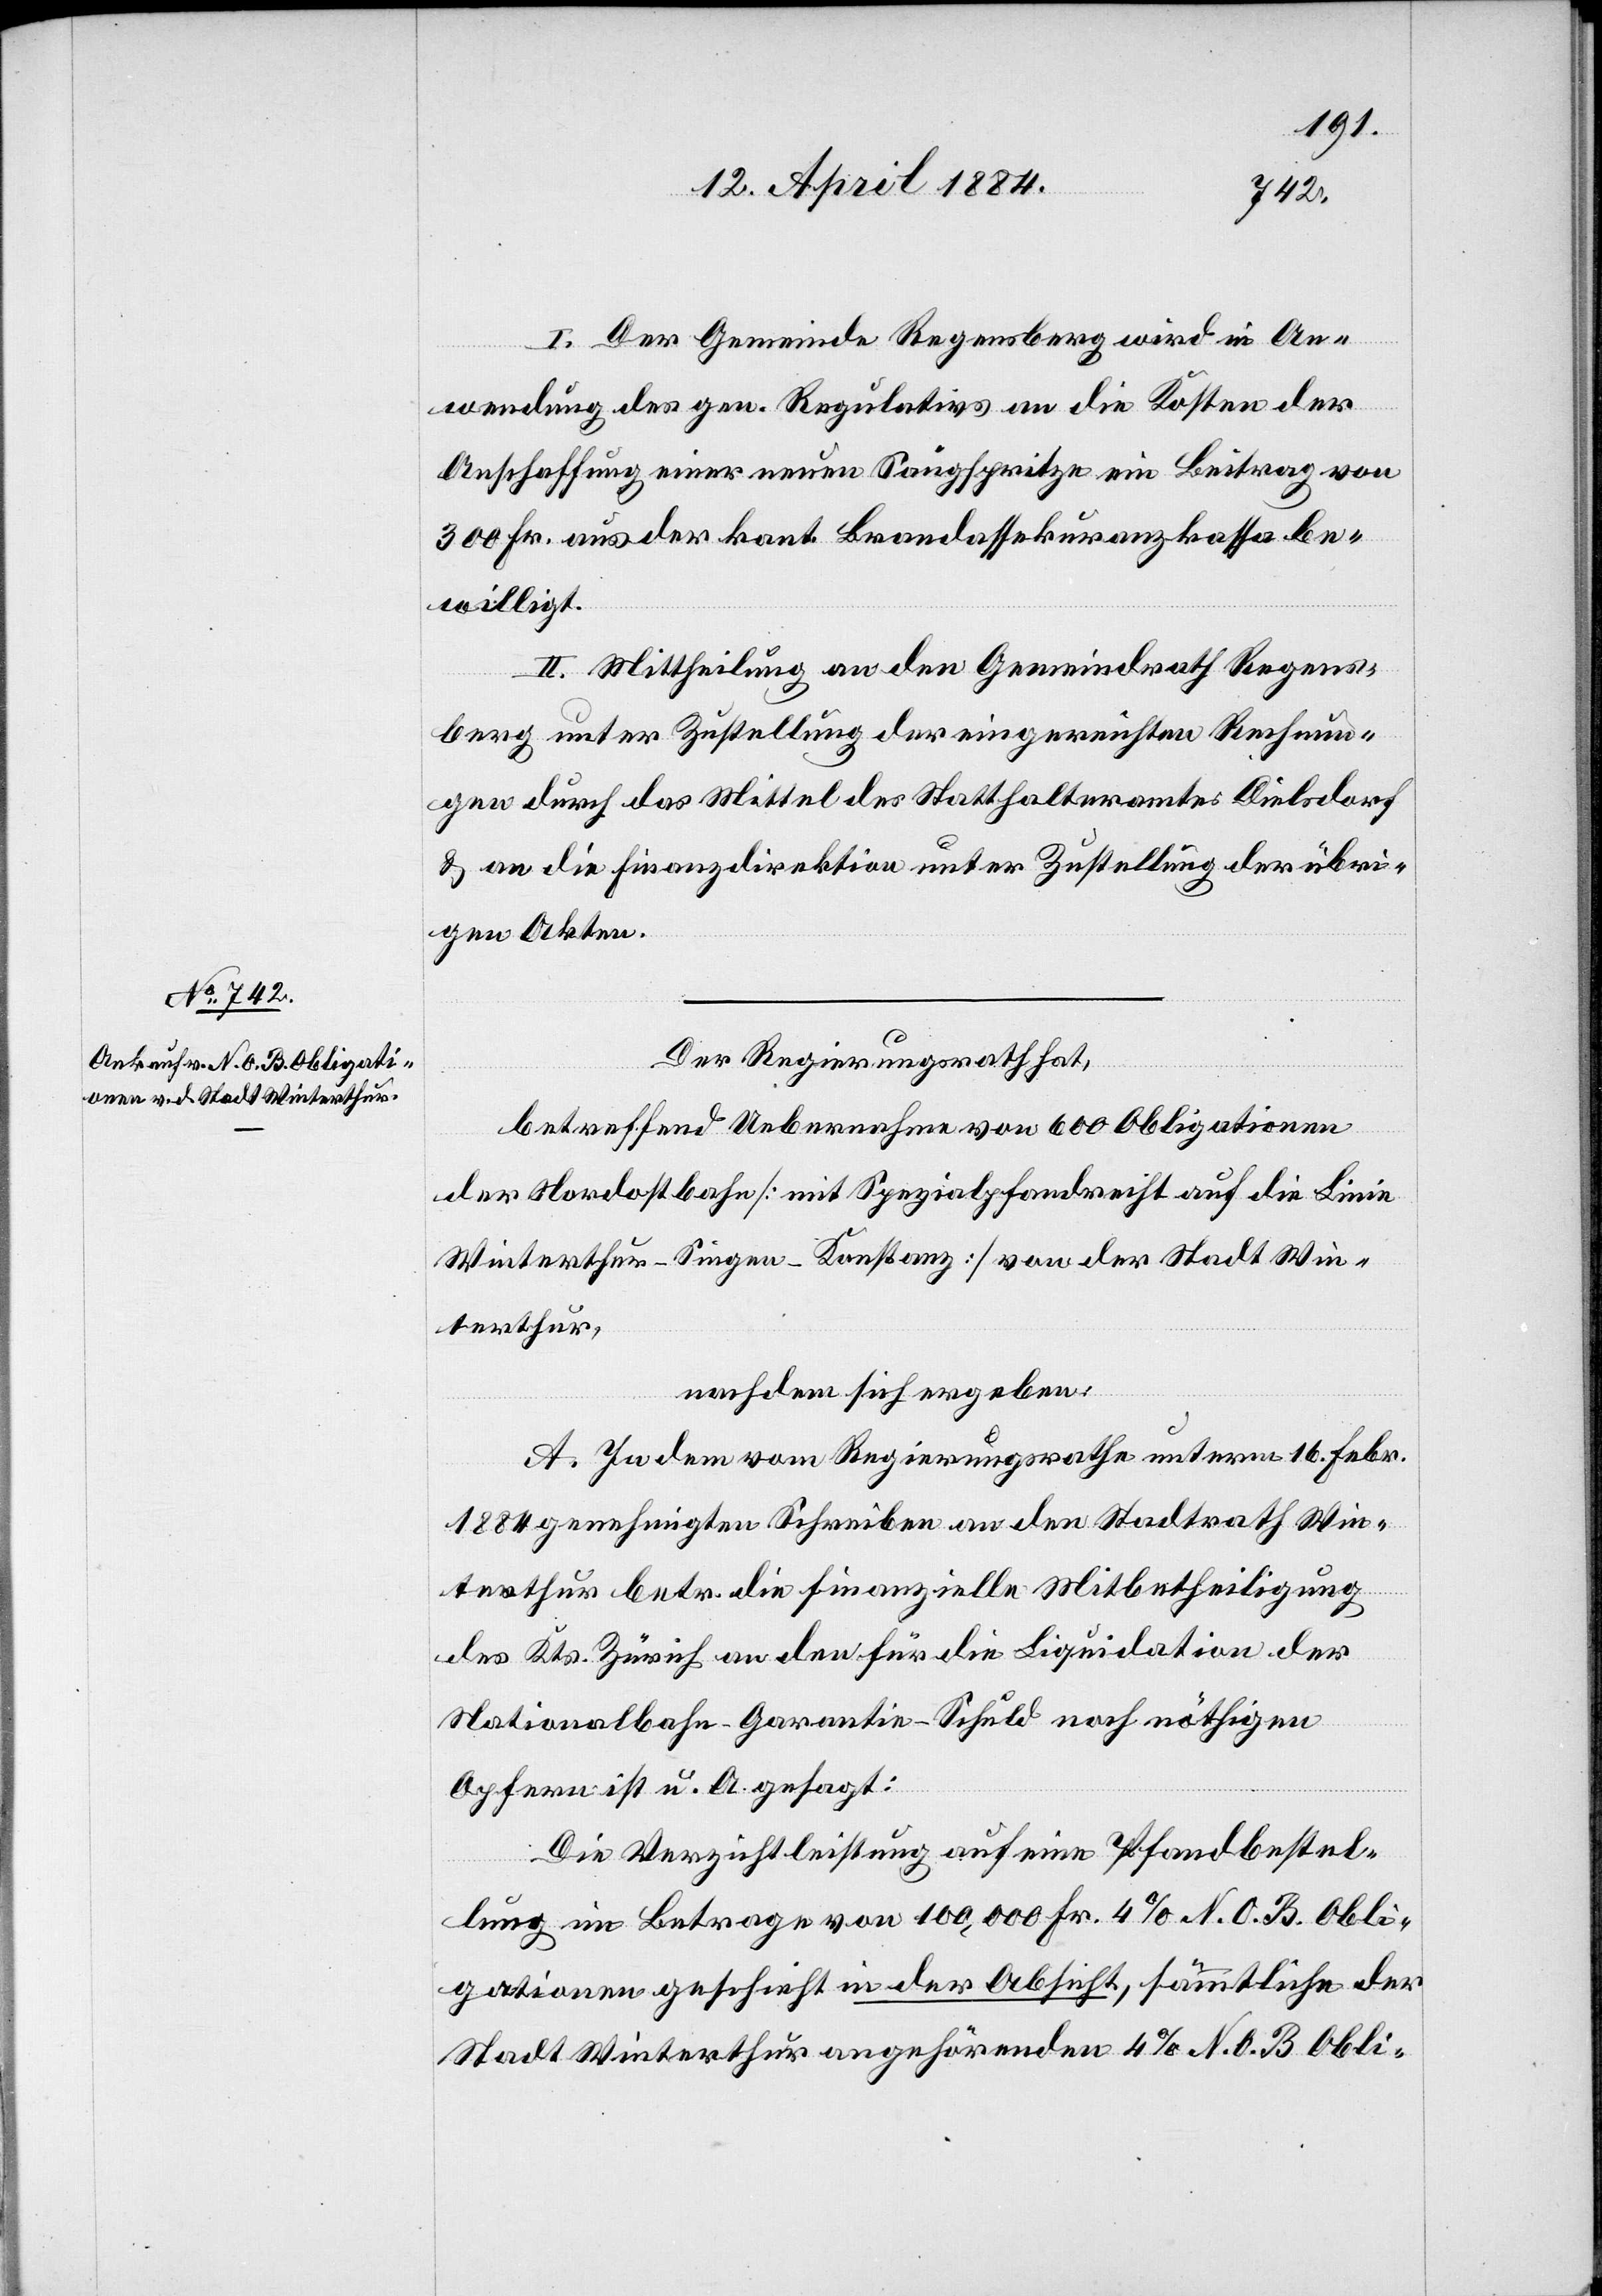
I. Der Gemeinde Regensberg wird in An¬
wendung des gen. Regulatives an die Kosten der
Anschaffung einer neuen Saugspritze ein Beitrag von
300 Fr. aus der kant. Brandassekuranzkassa be¬
willigt.
II. Mittheilung an den Gemeindrath Regens¬
berg unter Zustellung der eingereichten Rechnun¬
gen durch das Mittel des Statthalteramtes Dielsdorf
& an die Finanzdirektion unter Zustellung der übri¬
gen Akten.
Der Regierungsrath hat,
betreffend Uebernahme von 600 Obligationen
der Nordostbahn [mit Spezialpfandrecht auf die Linie
Winterthur–Singen–Konstanz] von der Stadt Win¬
terthur,
nachdem sich ergeben:
A. In dem vom Regierungsrathe unterm 16. Febr.
1884 genehmigten Schreiben an den Stadtrath Win¬
terthur betr. die finanzielle Mitbetheiligung
des Kts. Zürich an den für die Liquidation der
Nationalbahn-Garantie-Schuld noch nöthigen
Opfern ist u. A. gesagt:
Die Verzichtleistung auf eine Pfandbestel¬
lung im Betrage von 100,000 Fr. 4% N. O. B. Obli¬
gationen geschieht in der Absicht, sämmtliche der
Stadt Winterthur angehörenden 4% N. O. B. Obli-